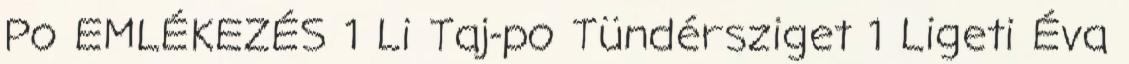
Po EMLÉKEZÉS 1 Li Taj-po Tündérsziget 1 Ligeti Éva